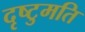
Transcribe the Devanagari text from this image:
दृष्टुमति